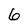
Character: 6